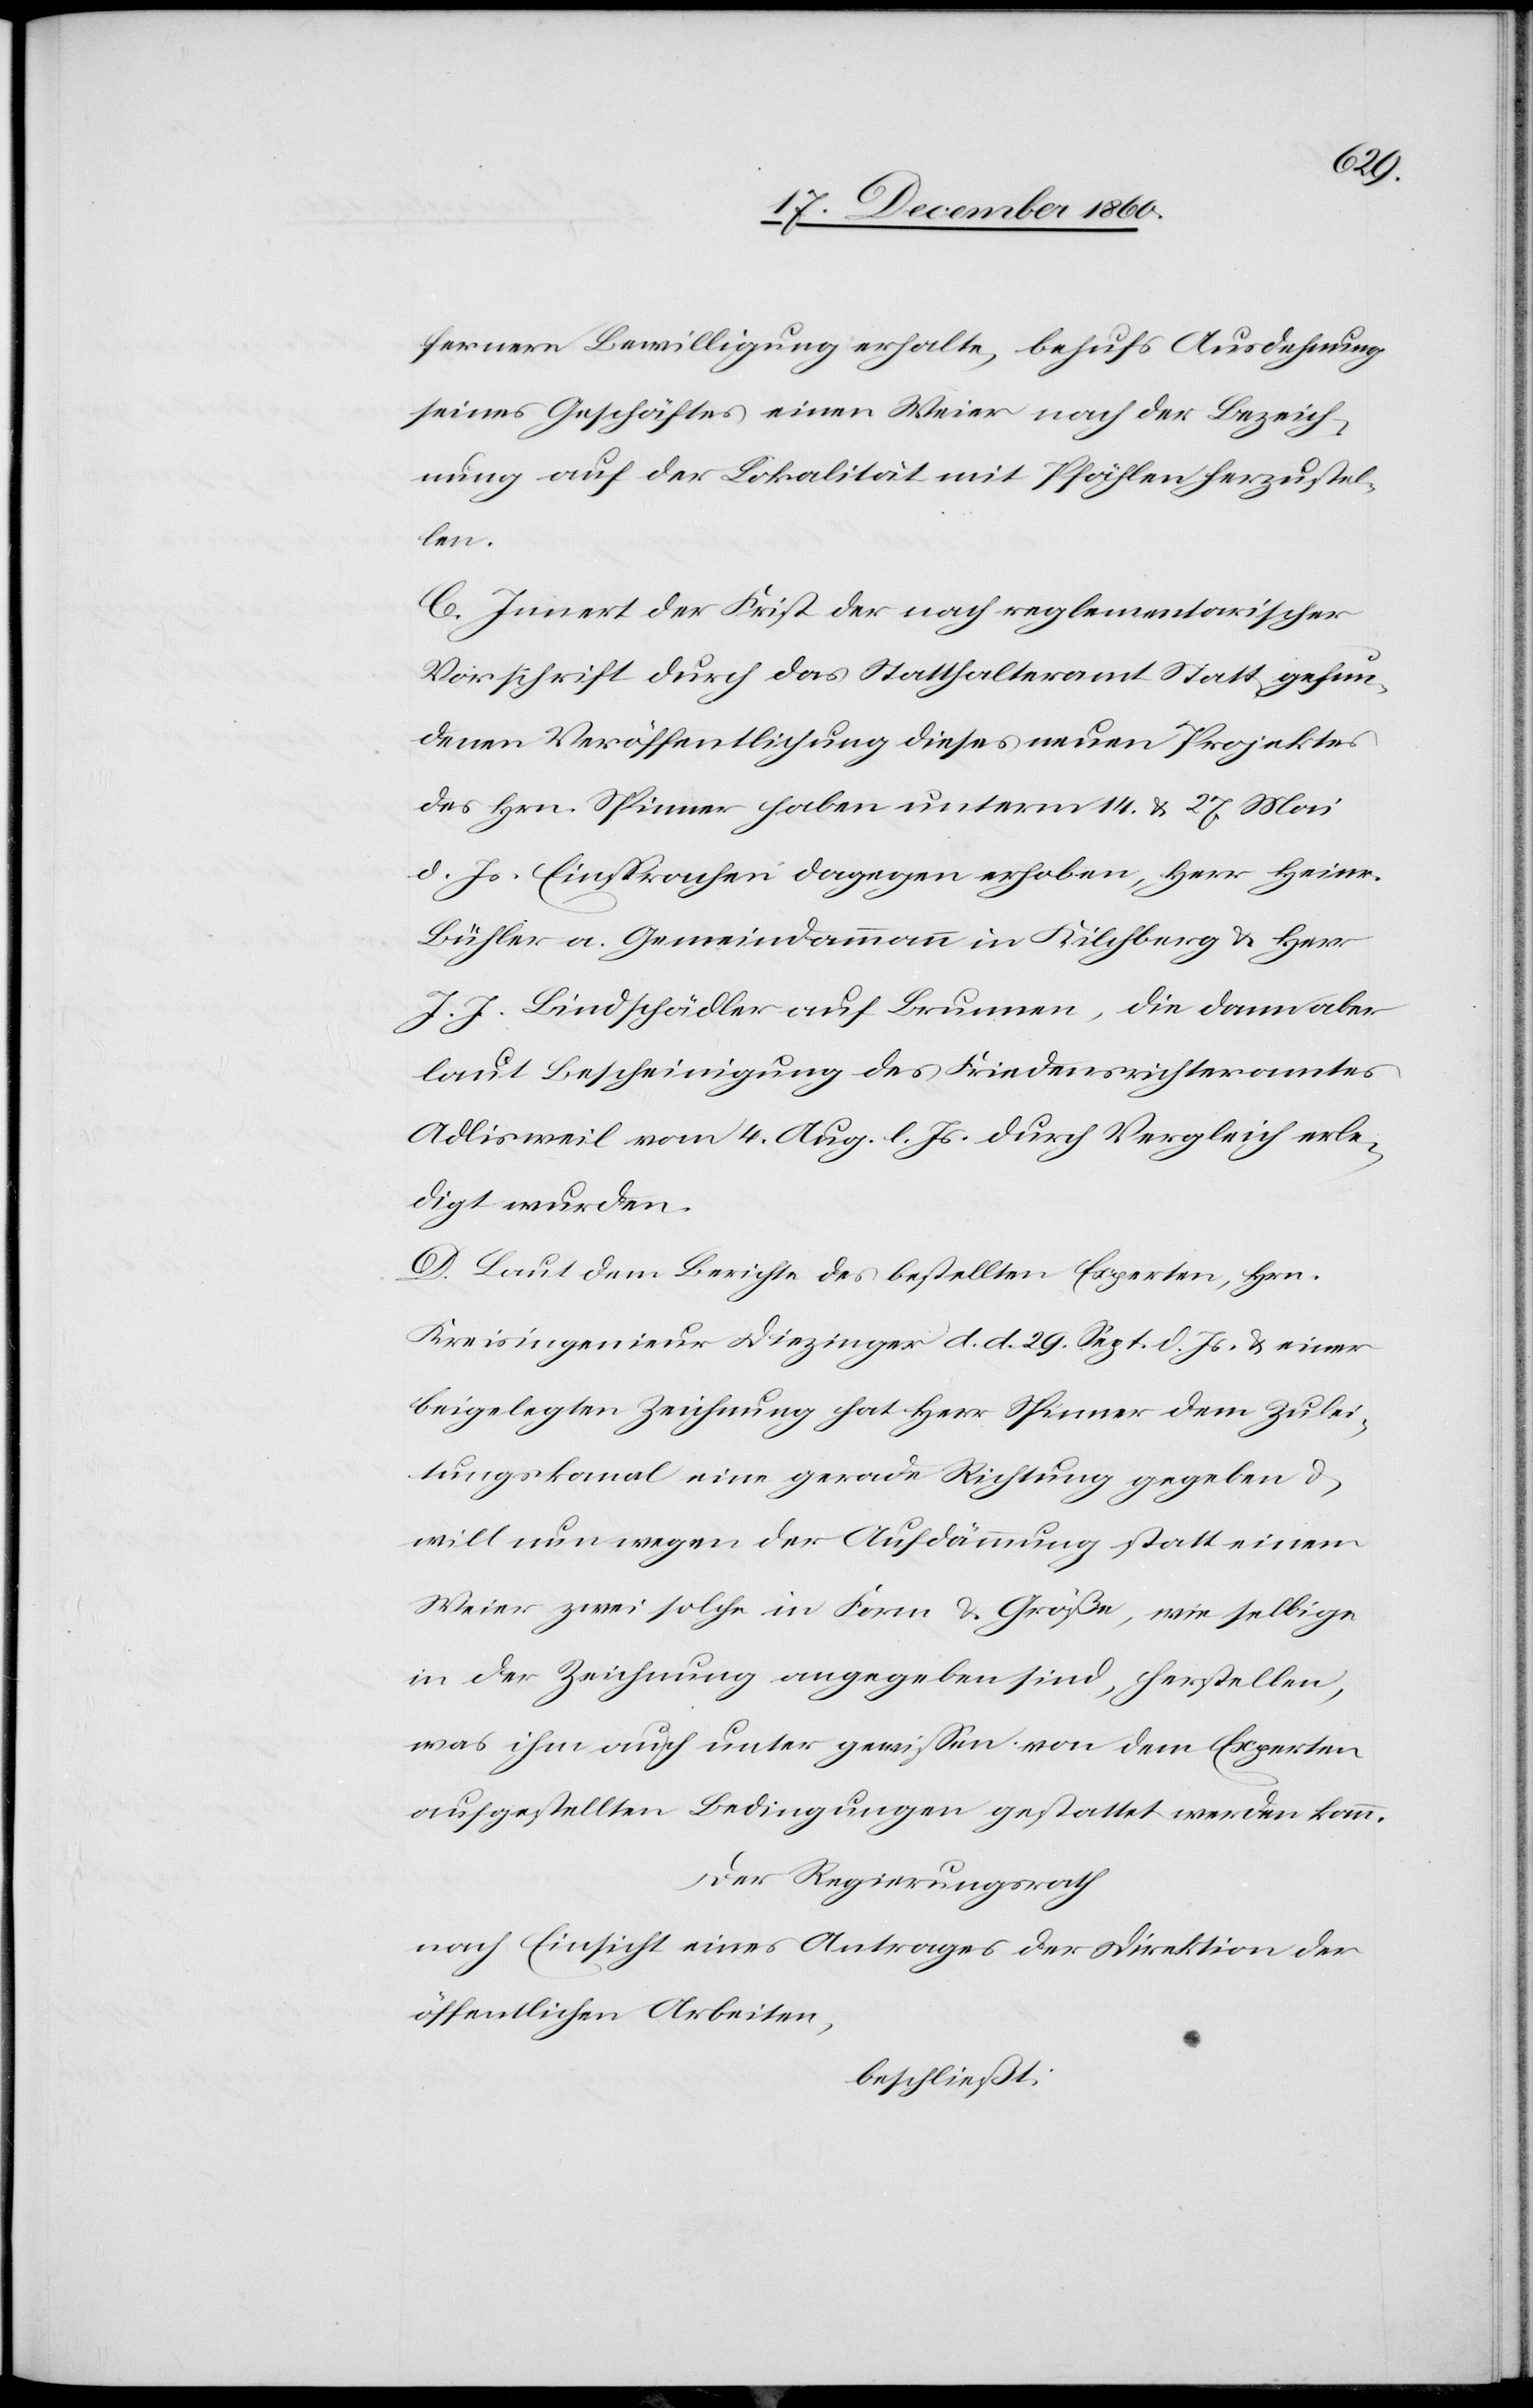
fernere Bewilligung erhalte, behufs Ausdehnung
seines Geschäftes einen Weier nach der Bezeich¬
nung auf der Lokalität mit Pfählen herzustel¬
len.
C. Innert der Frist der nach reglementarischer
Vorschrift durch das Statthalteramt Statt gefun¬
denen Veröffentlichung dieses neuen Projektes
des Hrn. Spinner haben unterm 14. u. 27. Mai
d. Js. Einsprachen dagegen erhoben, Herr Heinr.
Bühler a. Gemeindammann in Kilchberg u. Herr
J. J. Bindschädler auf Brunnen, die dann aber
laut Bescheinigung des Friedensrichteramtes
Adlisweil vom 4. Aug. l. Js. durch Vergleich erle¬
digt wurden.
D. Laut dem Berichte des bestellten Experten. Hrn.
Kreisingenieur Diezinger d. d. 29. Sept. d. Js. u. einer
beigelegten Zeichnung hat Herr Spinner dem Zulei¬
tungskanal eine gerade Richtung gegeben u.
will nun wegen der Aufdämmung statt einem
Weier zwei solche in Form u. Größe, wie selbige
in der Zeichnung angegeben sind, herstellen,
was ihm auch unter gewissen von dem Experten
aufgestellten Bedingungen gestattet werden kann.
Der Regierungsrath
nach Einsicht eines Antrages der Direktion der
öffentlichen Arbeiten,
beschließt: